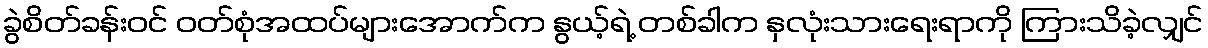
ခွဲစိတ်ခန်းဝင် ဝတ်စုံအထပ်များအောက်က နွယ့်ရဲ့ တစ်ခါက နှလုံးသားရေးရာကို ကြားသိခဲ့လျှင်